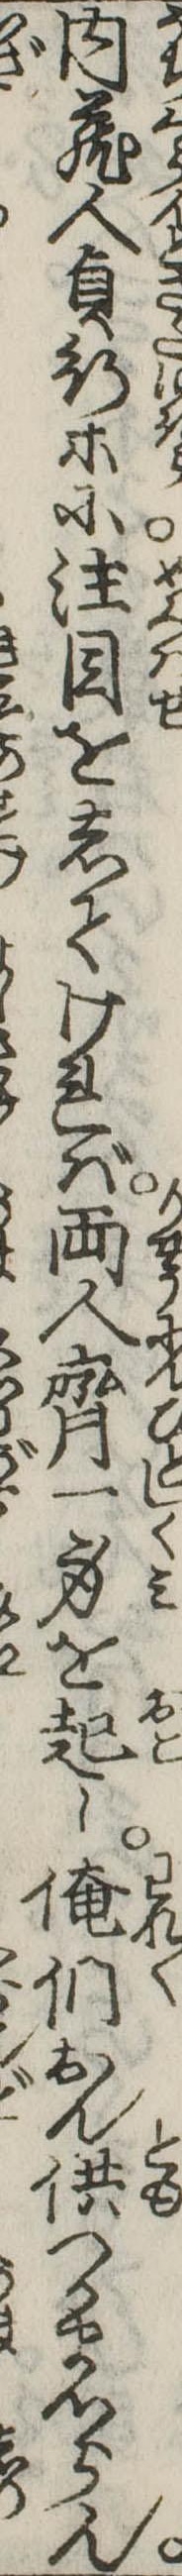
内蔵人貞行等に注目をしてければ両人斉一身を起し俺們おん供つかまつらん